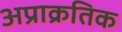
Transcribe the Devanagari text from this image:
अप्राक्रतिक